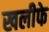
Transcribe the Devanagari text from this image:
खलीफे